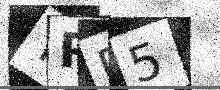
Text: YRP5